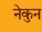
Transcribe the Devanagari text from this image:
नेकुन